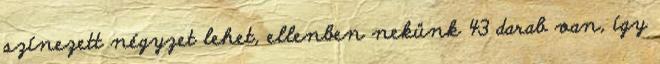
színezett négyzet lehet, ellenben nekünk 43 darab van, így